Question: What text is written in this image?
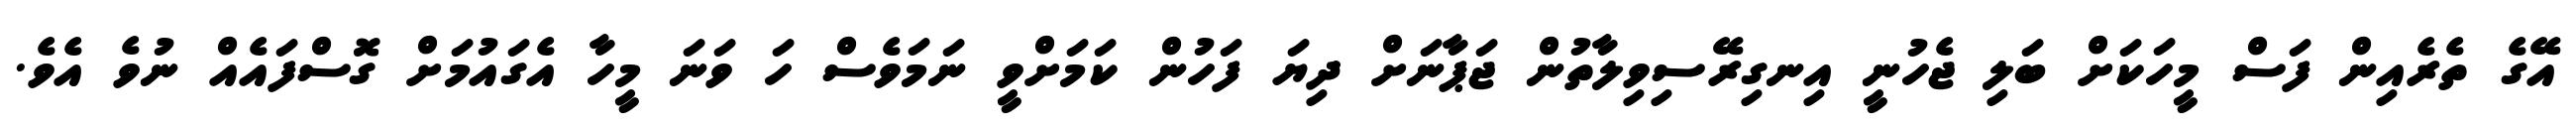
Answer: އޭގެ ތެރެއިން ފަސް މީހަކަށް ބަލި ޖެހުނީ އިނގިރޭސިވިލާތުން ޖަޕާނަށް ދިޔަ ފަހުން ކަމަށްވީ ނަމަވެސް ހަ ވަނަ މީހާ އެގައުމަށް ގޮސްފައެއް ނުވެ އެވެ.